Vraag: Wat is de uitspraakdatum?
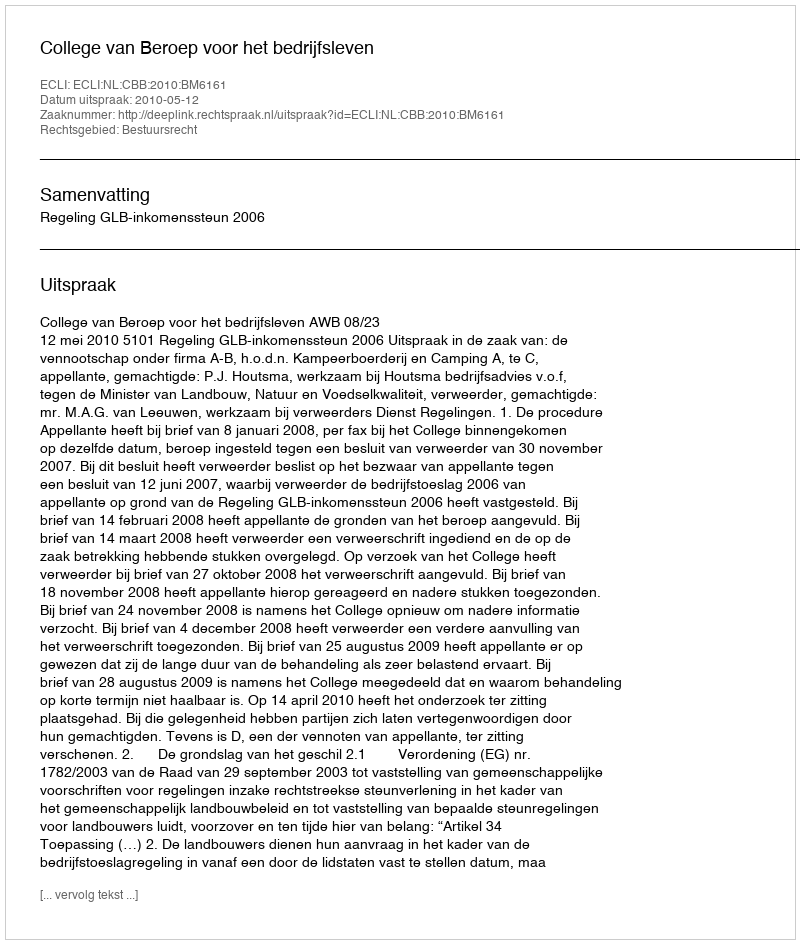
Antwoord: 2010-05-12